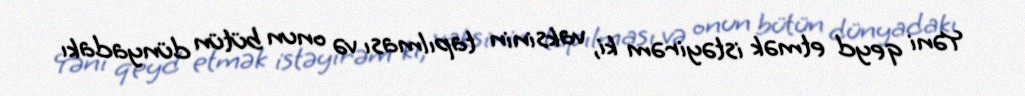
Yəni qeyd etmək istəyirəm ki, vaksinin tapılması və onun bütün dünyadakı